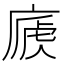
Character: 𢊐